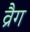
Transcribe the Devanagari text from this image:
व्रैग